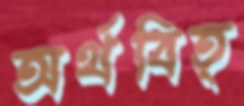
অর্থবিত্